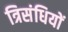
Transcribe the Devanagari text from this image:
त्रिसंधियों